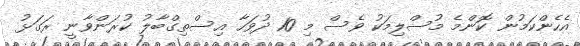
އެހެންކަމުން ކޮންމެ މުސްލިމަކު ވެސް މި 10 ދުވަހާ އިސްތިގްބާލު ކުރަންވާނީ ރަގަޅު